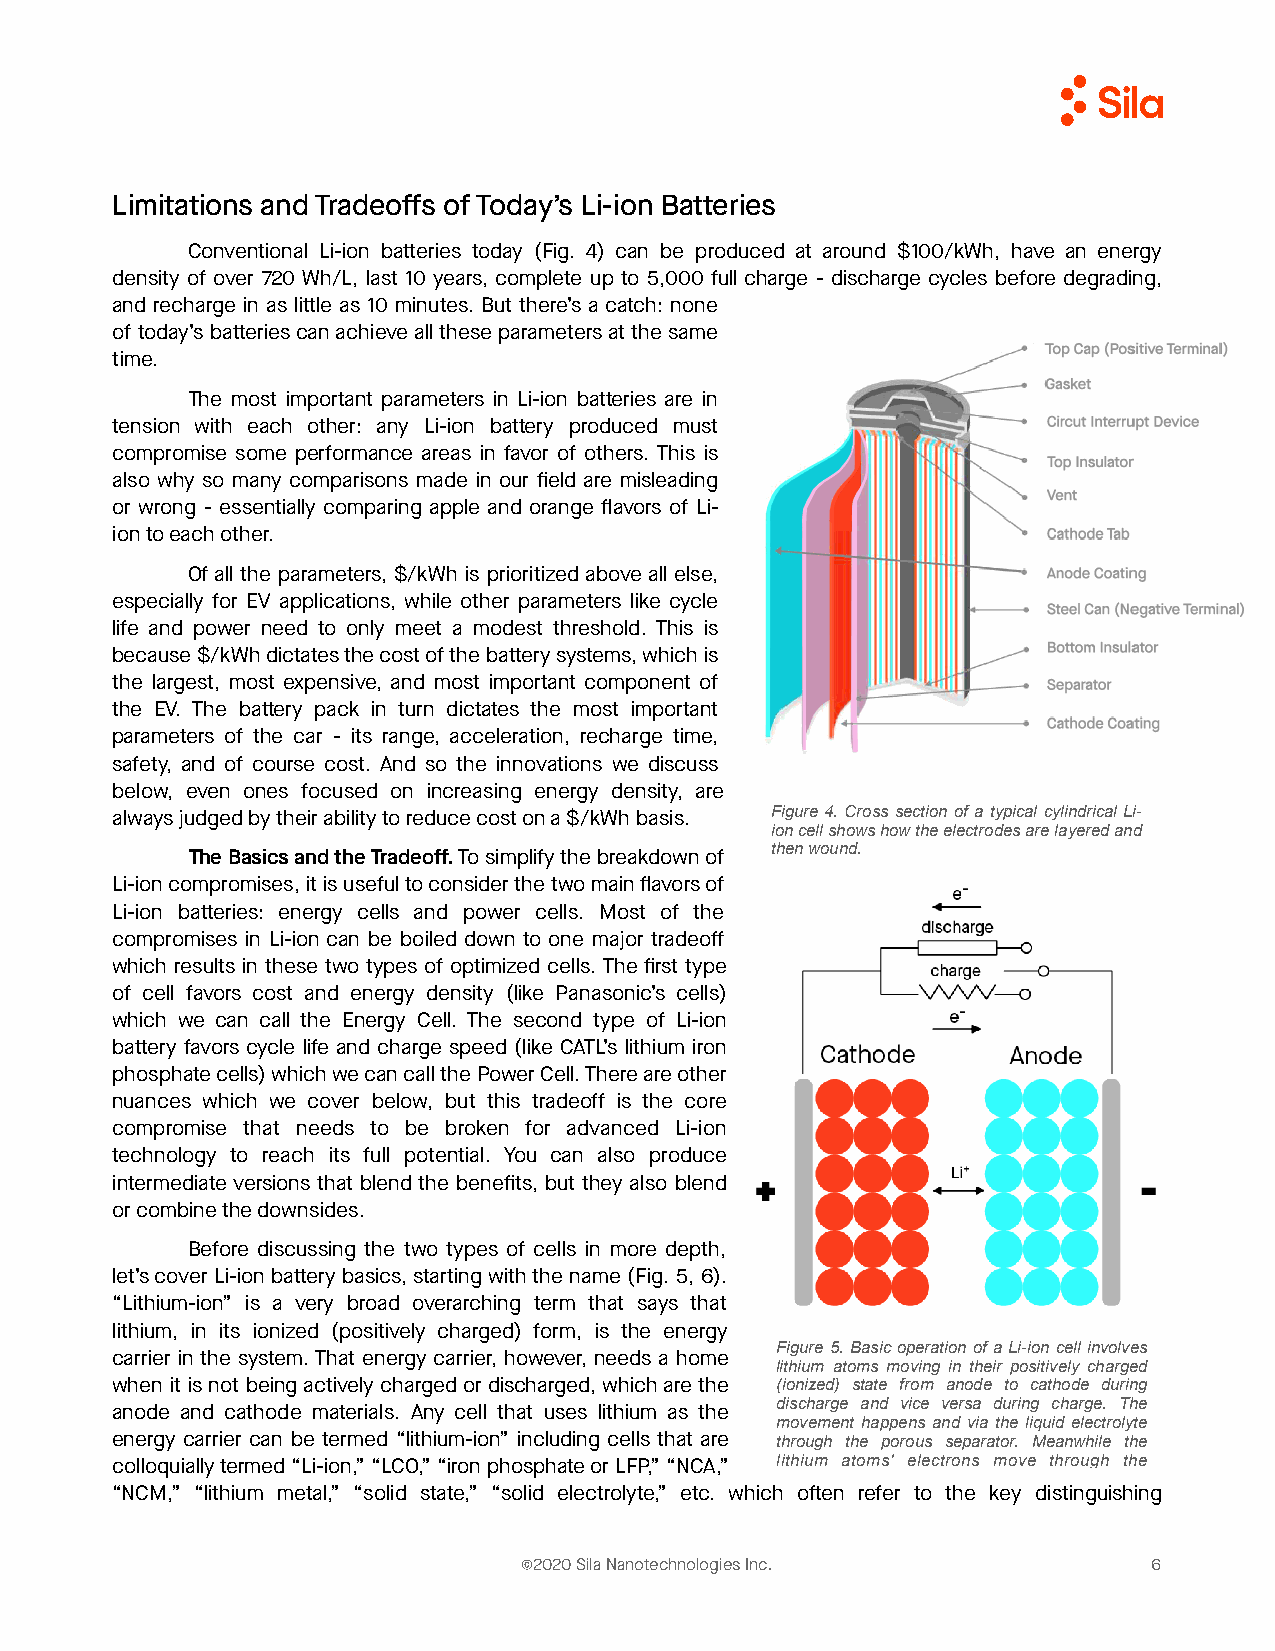
Limitations and Tradeoffs of Today’s Li-ion Batteries
 Conventional Li-ion batteries today (Fig. 4) can be produced at around $100/kWh, have an energy
 density of over 720 Wh/L, last 10 years, complete up to 5,000 full charge - discharge cycles before degrading,
 and recharge in as little as 10 minutes. But there’s a catch: none
 of today’s batteries can achieve all these parameters at the same
 time.
 The most important parameters in Li-ion batteries are in
 tension with each other: any Li-ion battery produced must
 compromise some performance areas in favor of others. This is
 also why so many comparisons made in our field are misleading
 or wrong - essentially comparing apple and orange flavors of Li-
 ion to each other.
 Of all the parameters, $/kWh is prioritized above all else,
 especially for EV applications, while other parameters like cycle
 life and power need to only meet a modest threshold. This is
 because $/kWh dictates the cost of the battery systems, which is
 the largest, most expensive, and most important component of
 the EV. The battery pack in turn dictates the most important
 parameters of the car - its range, acceleration, recharge time,
 safety, and of course cost. And so the innovations we discuss
 below, even ones focused on increasing energy density, are
 Figure 4. Cross section of a typical cylindrical Li-
 always judged by their ability to reduce cost on a $/kWh basis.
 ion cell shows how the electrodes are layered and
 then wound.
 The Basics and the Tradeoff. To simplify the breakdown of
 Li-ion compromises, it is useful to consider the two main flavors of
 Li-ion batteries: energy cells and power cells. Most of the
 compromises in Li-ion can be boiled down to one major tradeoff
 which results in these two types of optimized cells. The first type
 of cell favors cost and energy density (like Panasonic’s cells)
 which we can call the Energy Cell. The second type of Li-ion
 battery favors cycle life and charge speed (like CATL’s lithium iron
 phosphate cells) which we can call the Power Cell. There are other
 nuances which we cover below, but this tradeoff is the core
 compromise that needs to be broken for advanced Li-ion
 technology to reach its full potential. You can also produce
 intermediate versions that blend the benefits, but they also blend
 or combine the downsides.
 Before discussing the two types of cells in more depth,
 let’s cover Li-ion battery basics, starting with the name (Fig. 5, 6).
 “Lithium-ion” is a very broad overarching term that says that
 lithium, in its ionized (positively charged) form, is the energy
 Figure 5. Basic operation of a Li-ion cell involves
 carrier in the system. That energy carrier, however, needs a home
 lithium atoms moving in their positively charged
 when it is not being actively charged or discharged, which are the (ionized) state from anode to cathode during
 discharge and vice versa during charge. The
 anode and cathode materials. Any cell that uses lithium as the
 movement happens and via the liquid electrolyte
 energy carrier can be termed “lithium-ion” including cells that are through the porous separator. Meanwhile the
 lithium atoms' electrons move through the
 colloquially termed “Li-ion,” “LCO,” “iron phosphate or LFP,” “NCA,”
 “NCM,” “lithium metal,” “solid state,” “solid electrolyte,” etc. which often refer to the key distinguishing
 ©2020 Sila Nanotechnologies Inc.          6